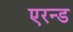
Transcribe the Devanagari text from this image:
एरन्ड